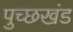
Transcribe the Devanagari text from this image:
पुच्छखंड